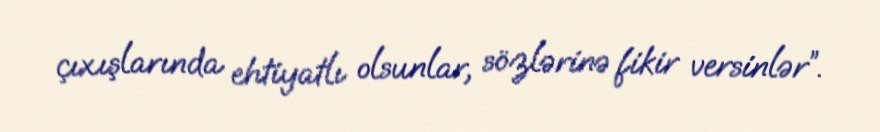
çıxışlarında ehtiyatlı olsunlar, sözlərinə fikir versinlər”.